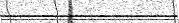
١٣٩